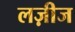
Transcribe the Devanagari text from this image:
लज़ीज